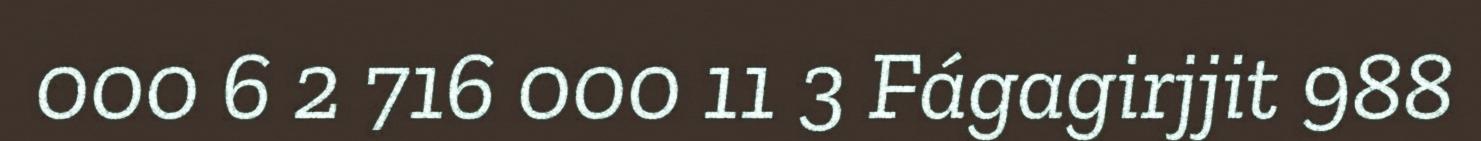
000 6 2 716 000 11 3 Fágagirjjit 988